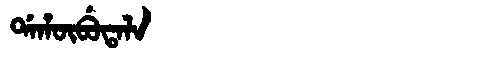
Manchu: ᡩᠠᡥᡡᠪᡠᡨᠠᠯᠠ
Romanization: DAHŪBUTALA